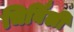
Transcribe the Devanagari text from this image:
चिर्विंली